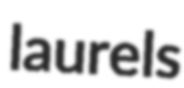
laurels